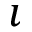
\imath